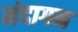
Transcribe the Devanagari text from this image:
मंदागन